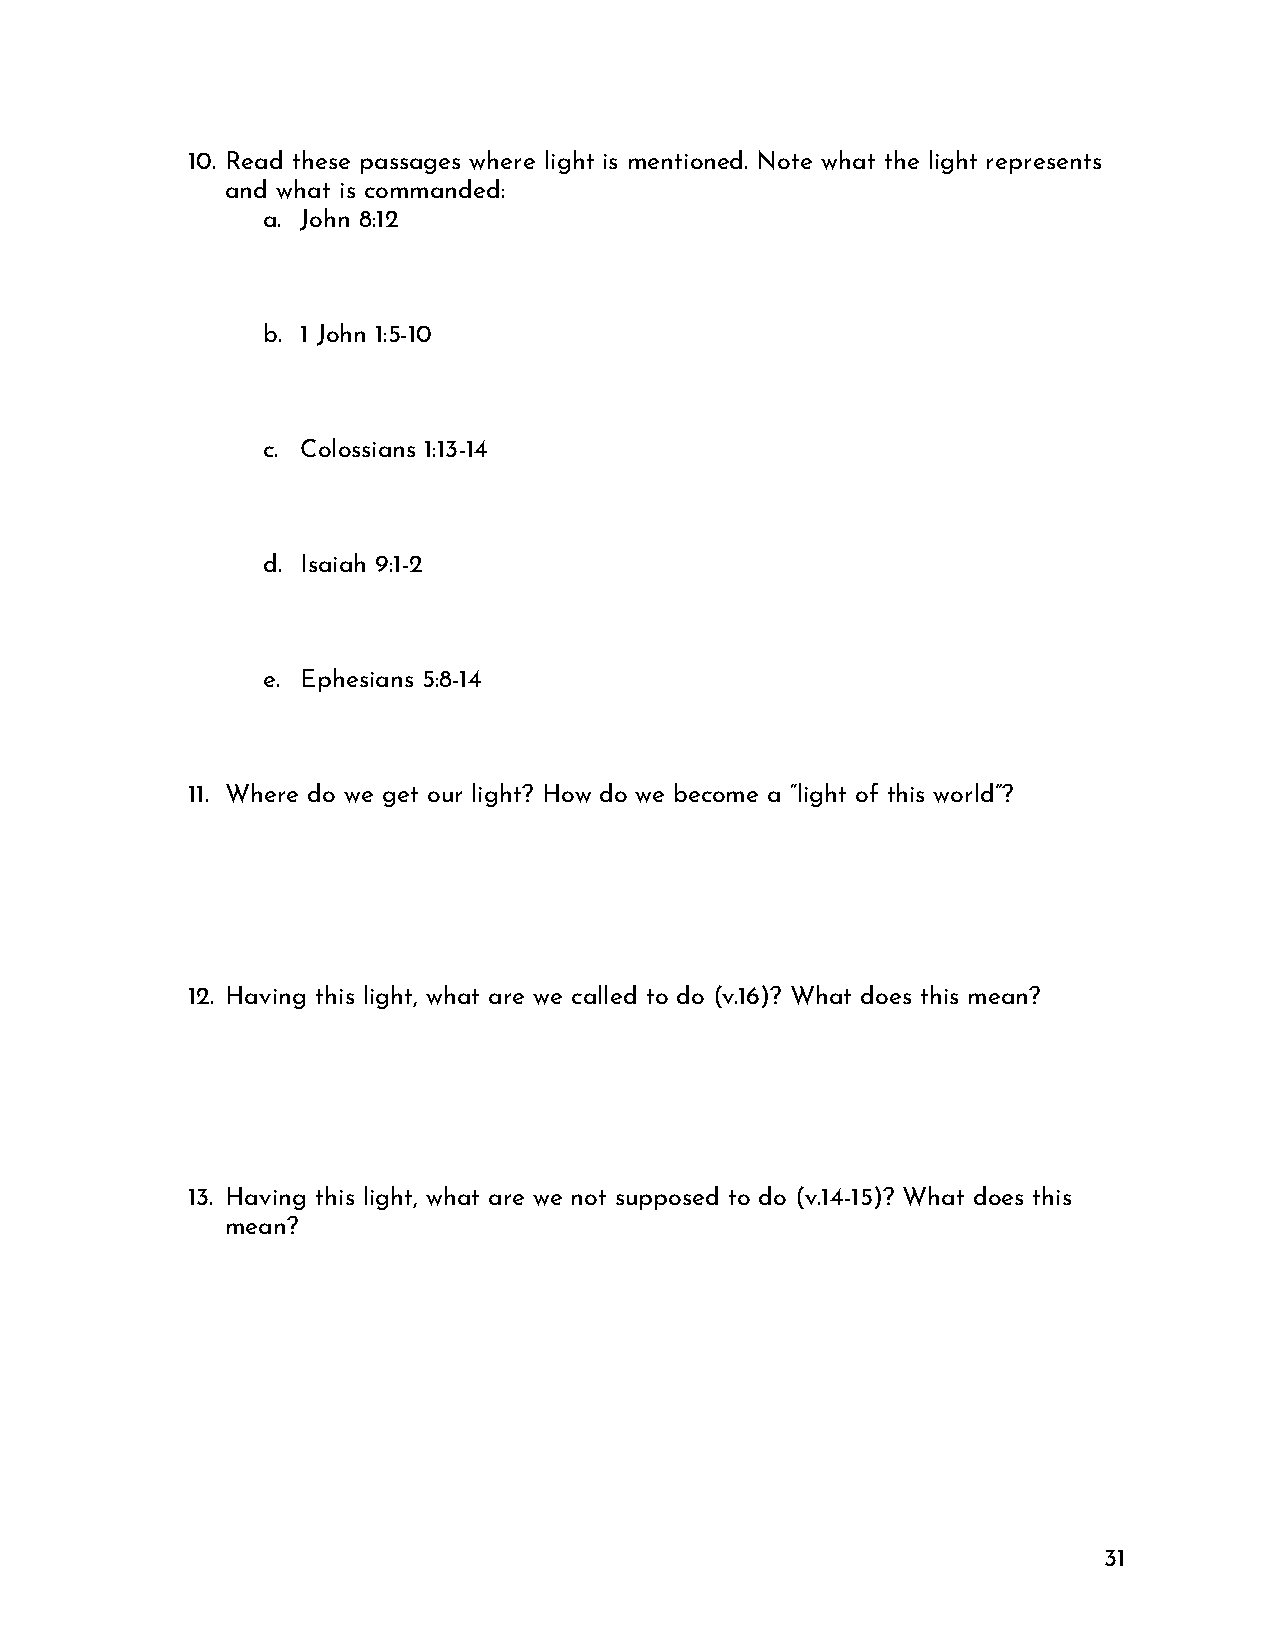
10. Read these passages where light is mentioned. Note what the light represents
 and what is commanded:
 a. John 8:12
 b. 1 John 1:5-10
 c. Colossians 1:13-14
 d. Isaiah 9:1-2
 e. Ephesians 5:8-14
 11. Where do we get our light? How do we become a “light of this world”?
 12. Having this light, what are we called to do (v.16)? What does this mean?
 13. Having this light, what are we not supposed to do (v.14-15)? What does this
 mean?
 31